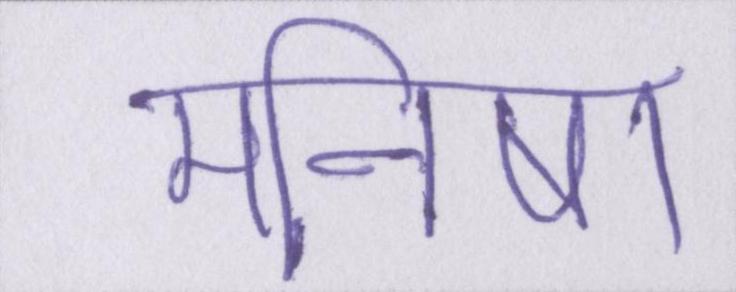
मनीषा